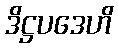
ဒိဋ္ဌပဒေဟိ